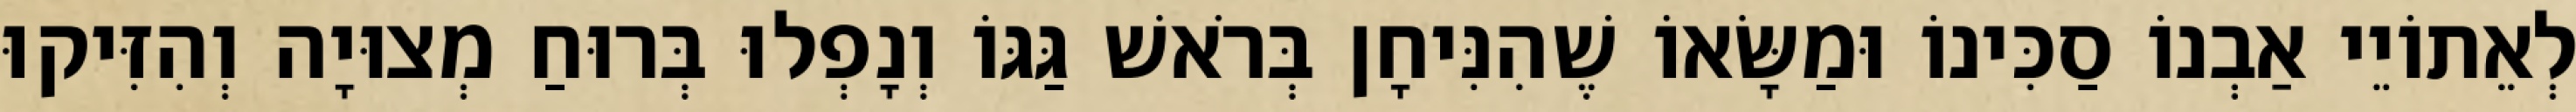
לְאֵתוֹיֵי אַבְנוֹ סַכִּינוֹ וּמַשָּׂאוֹ שֶׁהִנִּיחָן בְּרֹאשׁ גַּגּוֹ וְנָפְלוּ בְּרוּחַ מְצוּיָה וְהִזִּיקוּ